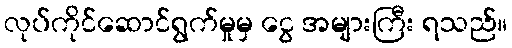
လုပ်ကိုင်ဆောင်ရွက်မှုမှ ငွေ အများကြီး ရသည်။